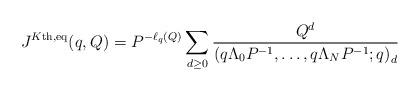
LaTeX: \begin{align*} J^{K\textnormal{th},\textnormal{eq}}(q,Q) = P^{-\ell_q(Q)} \sum_{d \geq 0} \frac{Q^d}{\left(q\Lambda_0 P^{-1}, \dots,q\Lambda_N P^{-1} ;q \right)_d} \end{align*}